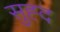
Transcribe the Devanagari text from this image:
सुह्द